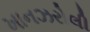
ખાનઝરોલી